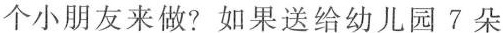
个小朋友来做?如果送给幼儿园7朵